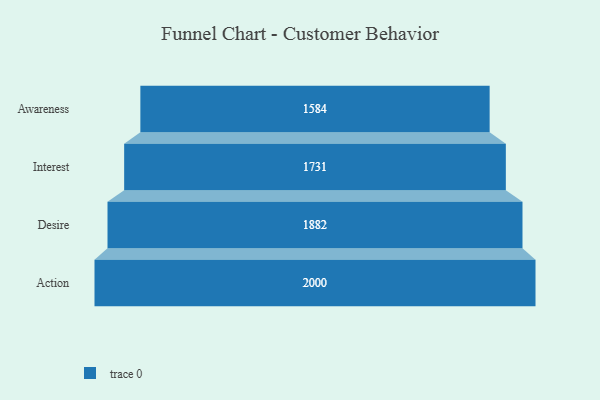
{"axis": {"x": "Stage", "y": "Value"}, "legend": [""], "data": [{"x": "Awareness", "y": 1584.0, "type": ""}, {"x": "Interest", "y": 1731.0, "type": ""}, {"x": "Desire", "y": 1882.0, "type": ""}, {"x": "Action", "y": 2000, "type": ""}]}